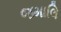
જમાલિ